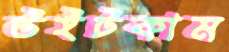
উইটকাম